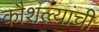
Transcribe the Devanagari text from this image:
कौशल्यांची